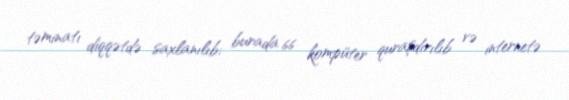
təminatı diqqətdə saxlanılıb; burada 66 kompüter quraşdırılıb və internetə